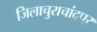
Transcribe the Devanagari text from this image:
जिलाचुराचांदपुर